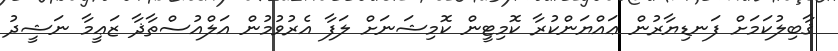
ޤާބިލުކަމަށް ފަނޑިޔާރުން ޢައްޔަންކުރާ ކޮމިޓީން ކޮމިޝަނަށް ލަފާ އެރުވުމުން އަލްއުސްތާޛާ ޒަޢީމާ ނަޝީދު